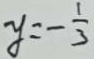
y = - \frac { 1 } { 3 }